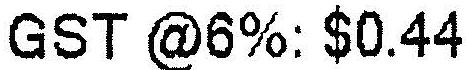
GST @6%: $0.44